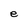
Character: e